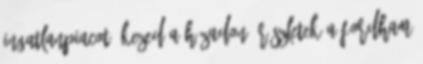
ingatlanpiacot. Kezed a házadon Részletek A FORDHAM